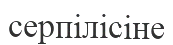
серпілісіне